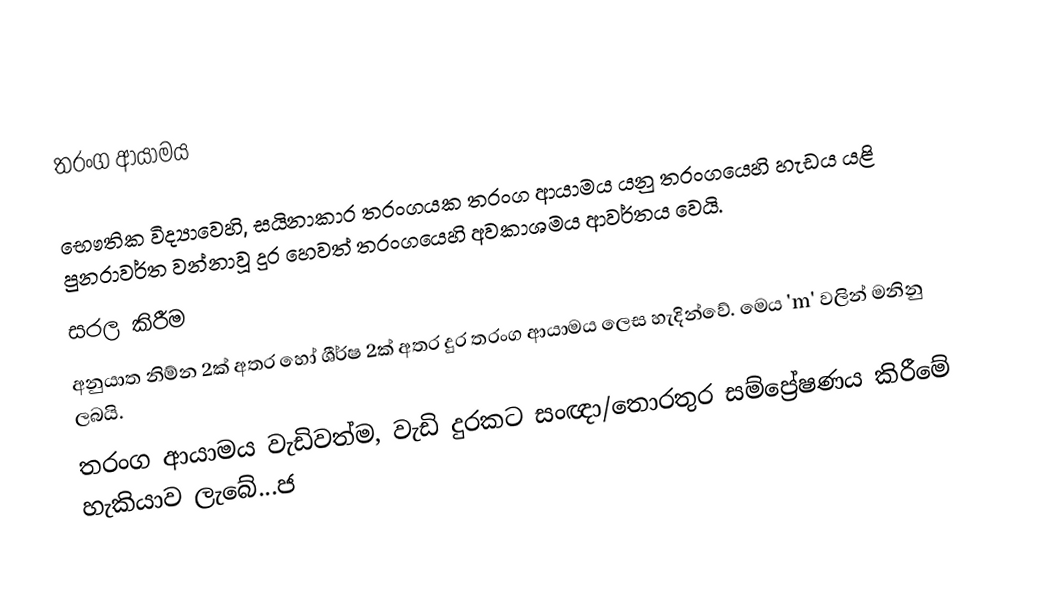
තරංග ආයාමය

භෞතික විද්‍යාවෙහි,  සයිනාකාර තරංගයක තරංග ආයාමය යනු තරංගයෙහි හැඩය යළි පුනරාවර්ත වන්නාවූ දුර හෙවත් තරංගයෙහි අවකාශමය ආවර්තය වෙයි.
 සරල කිරීම
       අනුයාත නිම්න 2ක් අතර හෝ ශීර්ෂ 2ක් අතර දුර තරංග ආයාමය ලෙස හැදින්වේ. මෙය 'm' වලින් මනිනු ලබයි.
         තරංග ආයාමය වැඩිවත්ම, වැඩි දුරකට සංඥා/තොරතුර සම්ප්‍රේෂණය කිරීමේ හැකියාව ලැබේ...ජ